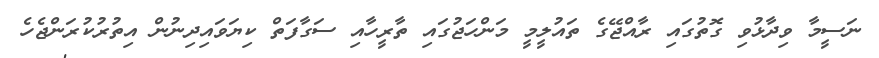
ނަސީމާ ވިދާޅުވި ގޮތުގައި ރާއްޖޭގެ ތައުލީމީ މަންހަޖުގައި ތާރީހާއި ސަގާފަތް ކިޔަވައިދިނުން އިތުރުކުރަންޖެހެ